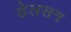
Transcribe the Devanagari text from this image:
डेलसन